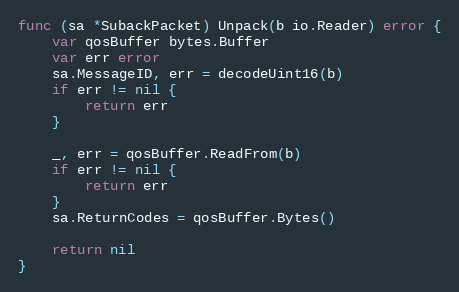
Language: Go
func (sa *SubackPacket) Unpack(b io.Reader) error {
	var qosBuffer bytes.Buffer
	var err error
	sa.MessageID, err = decodeUint16(b)
	if err != nil {
		return err
	}

	_, err = qosBuffer.ReadFrom(b)
	if err != nil {
		return err
	}
	sa.ReturnCodes = qosBuffer.Bytes()

	return nil
}